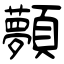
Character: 顭